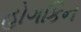
હોગકિન